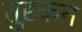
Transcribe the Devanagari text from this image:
तुरकन